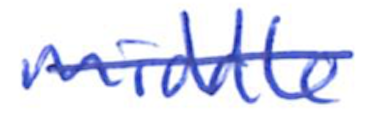
Text: middle
Cross-out: single-line
Writing tool: ballpoint